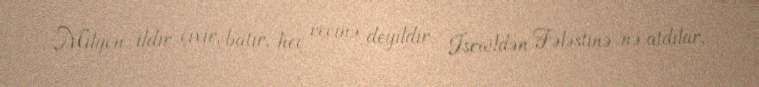
Milyon ildir çıxır, batır, heç vecinə deyildir İsraildən Fələstinə nə atdılar,